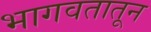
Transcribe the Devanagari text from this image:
भागवतातून